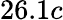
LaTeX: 26.1c